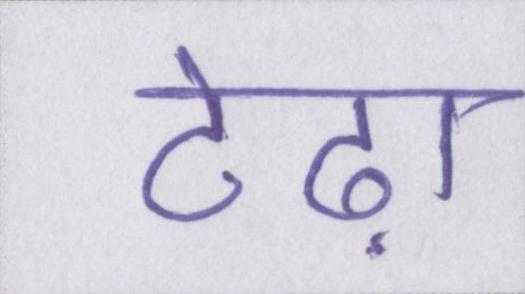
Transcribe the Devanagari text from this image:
टेढ़ा